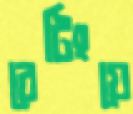
রেটিংয়ে